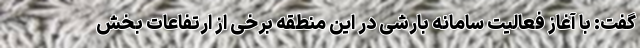
گفت: با آغاز فعالیت سامانه بارشی در این منطقه برخی از ارتفاعات بخش